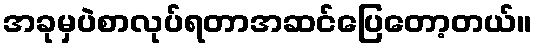
အခုမှပဲစာလုပ်ရတာအဆင်ပြေတော့တယ်။